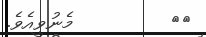
٣١         މެނުވީއެވެ.